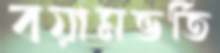
বয়ামভর্তি